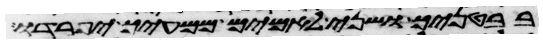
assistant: בבטנך ושני לאמים ממעיך יפרדו